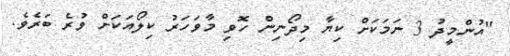
"އުންމީދު 3 ނަމަކަށް ކިޔާ މިދޯނިން ހޮވި މާވަހަރު ކިލޯއަކަށް ވުރެ ބަރެވެ.